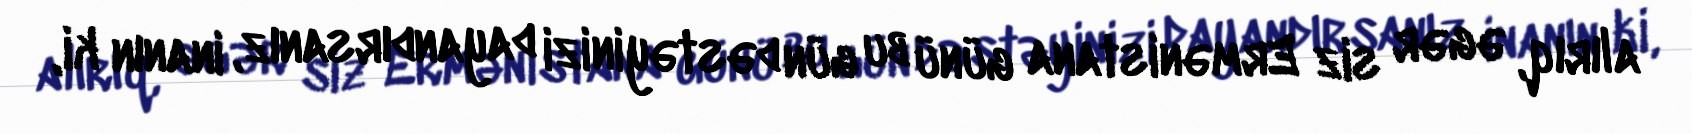
alırıq, əgər siz Ermənistana günü bu gün dəstəyinizi dayandırsanız, inanın ki,